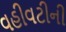
વહીવટીની